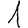
Digit: 1